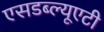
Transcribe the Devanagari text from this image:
एसडब्ल्यूएटी